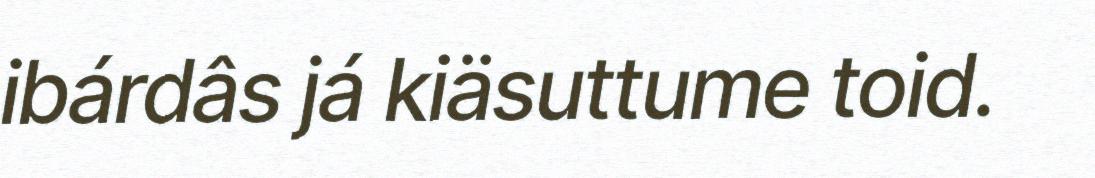
ibárdâs já kiäsuttume toid.